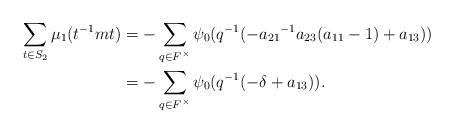
LaTeX: \begin{align*}\sum_{t \in S_{2}}\mu_1(t^{-1}mt)&= -\sum_{\substack{q \in F^{\times}}} \psi_0(q^{-1}(-{a_{21}}^{-1}a_{23}(a_{11}-1)+a_{13}))\\&= -\sum_{\substack{q \in F^{\times}}} \psi_{0}(q^{-1}(-\delta + a_{13})). \end{align*}